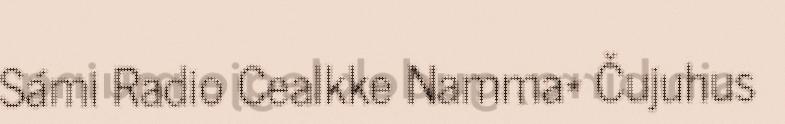
Sámi Radio Cealkke Namma* Čujuhus